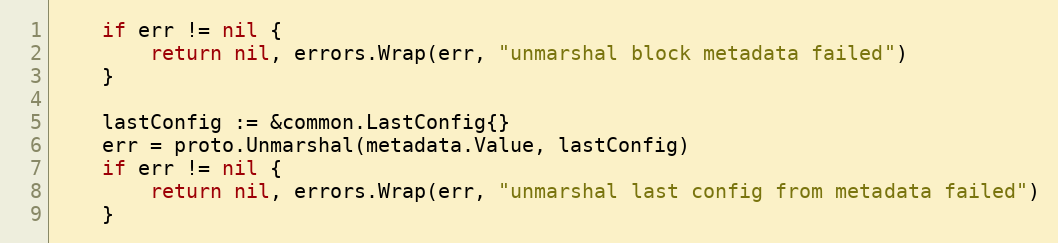
Language: Go
	if err != nil {
		return nil, errors.Wrap(err, "unmarshal block metadata failed")
	}

	lastConfig := &common.LastConfig{}
	err = proto.Unmarshal(metadata.Value, lastConfig)
	if err != nil {
		return nil, errors.Wrap(err, "unmarshal last config from metadata failed")
	}